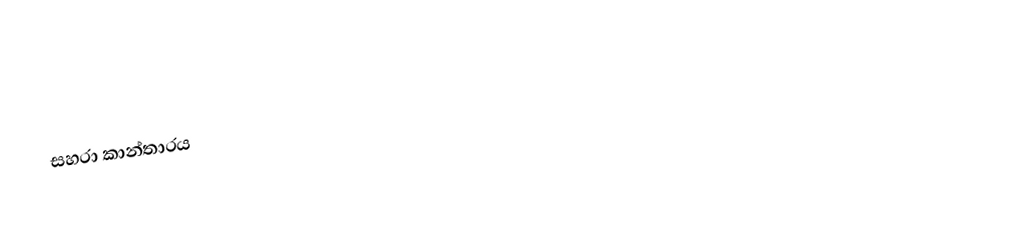
සහරා කාන්තාරය